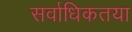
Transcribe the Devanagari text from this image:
सर्वाधिकतया